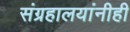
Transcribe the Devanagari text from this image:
संग्रहालयांनीही